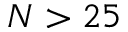
N > 2 5